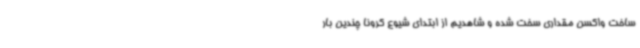
ساخت واکسن مقداری سخت شده و شاهدیم از ابتدای شیوع کرونا چندین بار